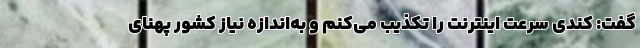
گفت: کُندی سرعت اینترنت را تکذیب می‌کنم و به‌اندازه نیاز کشور پهنای